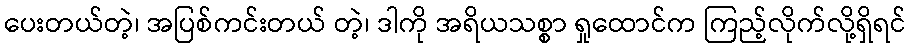
ပေးတယ်တဲ့၊ အပြစ်ကင်းတယ် တဲ့၊ ဒါကို အရိယသစ္စာ ရှုထောင်က ကြည့်လိုက်လို့ရှိရင်